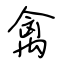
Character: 禽